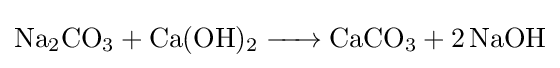
{\ce {Na2CO3 + Ca(OH)2 -> CaCO3 + 2 NaOH}}